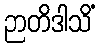
ဉာတိဒါသိံ